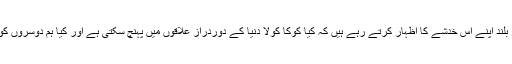
درحقیقت کئی برسوں تک لوگ باآواز بلند اپنے اس خدشے کا اظہار کرتے رہے ہیں کہ کیا کوکا کولا دنیا کے دوردراز علاقوں میں پہنچ سکتی ہے اور کیا ہم دوسروں کو ایسا کرنے میں مدد دے سکتے ہیں؟